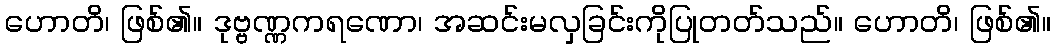
ဟောတိ၊ ဖြစ်၏။ ဒုဗ္ဗဏ္ဏကရဏော၊ အဆင်းမလှခြင်းကိုပြုတတ်သည်။ ဟောတိ၊ ဖြစ်၏။